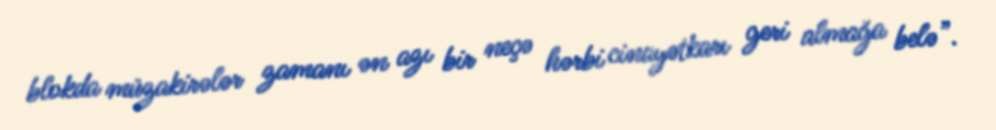
blokda müzakirələr zamanı ən azı bir neçə hərbi cinayətkarı geri almağa belə”.